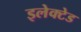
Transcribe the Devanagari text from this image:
इलेक्टेड